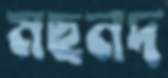
মছনদ